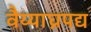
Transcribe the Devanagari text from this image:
वैय्याघ्रपद्य